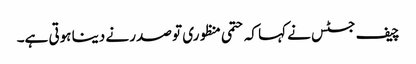
چیف جسٹس نے کہا کہ حتمی منظوری تو صدر نے دینا ہوتی ہے۔